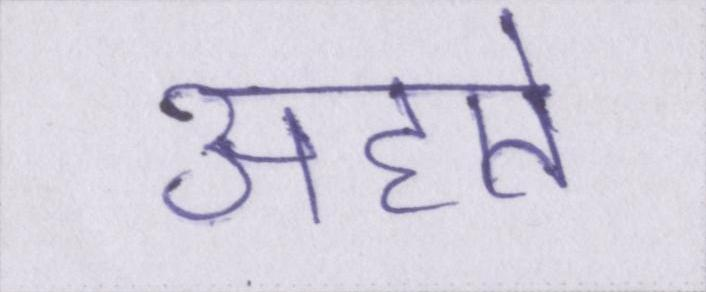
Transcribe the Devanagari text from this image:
अहाते